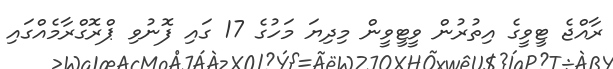
ރާއްޖެ ޓީވީގެ އިތުރުން ވީޓީވީން މިދިޔަ މަހުގެ 17 ގައި ފޮނުވި ޕްރޮގްރާމެއްގައި